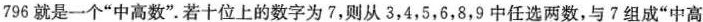
796就是一个“中高数”.若十位上的数字为7，则从3，4，5，6，8，9中任选两数，与7组成“中高